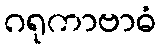
ဂရုကာဗာဓံ